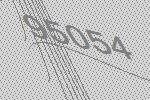
95054